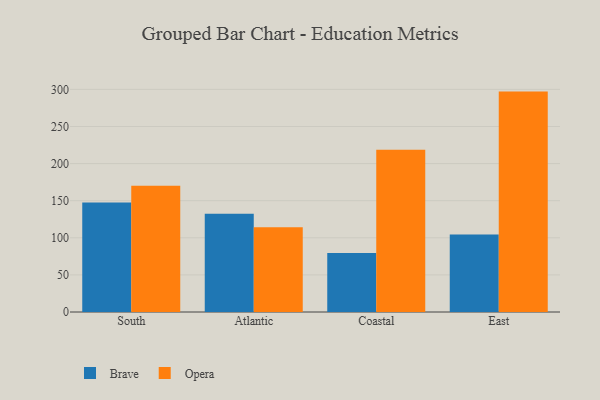
{"axis": {"x": "Region", "y": "Budget (USD K)"}, "legend": ["Brave", "Opera"], "data": [{"x": "South", "y": 147.7, "type": "Brave"}, {"x": "South", "y": 170.1, "type": "Opera"}, {"x": "Atlantic", "y": 132.4, "type": "Brave"}, {"x": "Atlantic", "y": 114.2, "type": "Opera"}, {"x": "Coastal", "y": 79.5, "type": "Brave"}, {"x": "Coastal", "y": 218.6, "type": "Opera"}, {"x": "East", "y": 104.5, "type": "Brave"}, {"x": "East", "y": 297.0, "type": "Opera"}]}